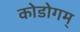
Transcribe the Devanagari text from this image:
कोडोगम्